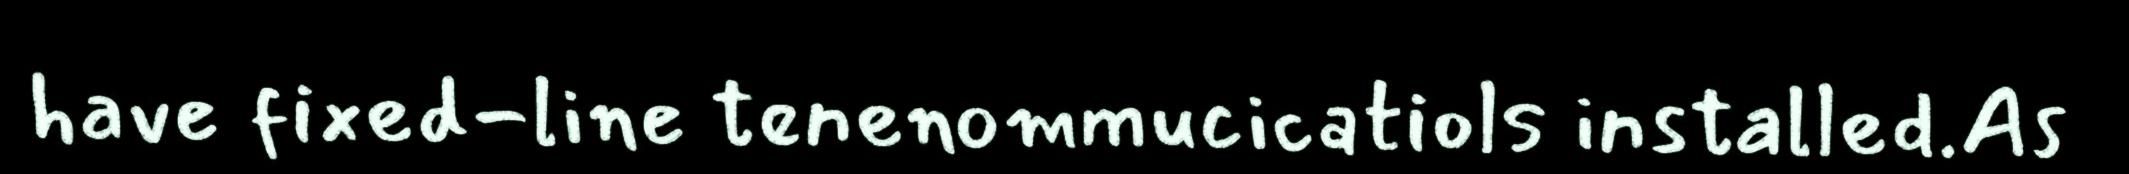
have fixed-line tenenommucicatiols installed.As